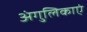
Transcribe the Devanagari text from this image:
अंगुलिकाएं